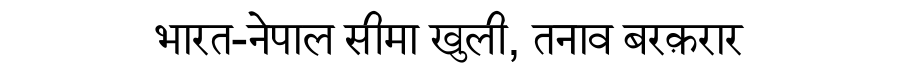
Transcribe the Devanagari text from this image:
भारत-नेपाल सीमा खुली, तनाव बरक़रार